Tartu_kinnistusamet, lk 4
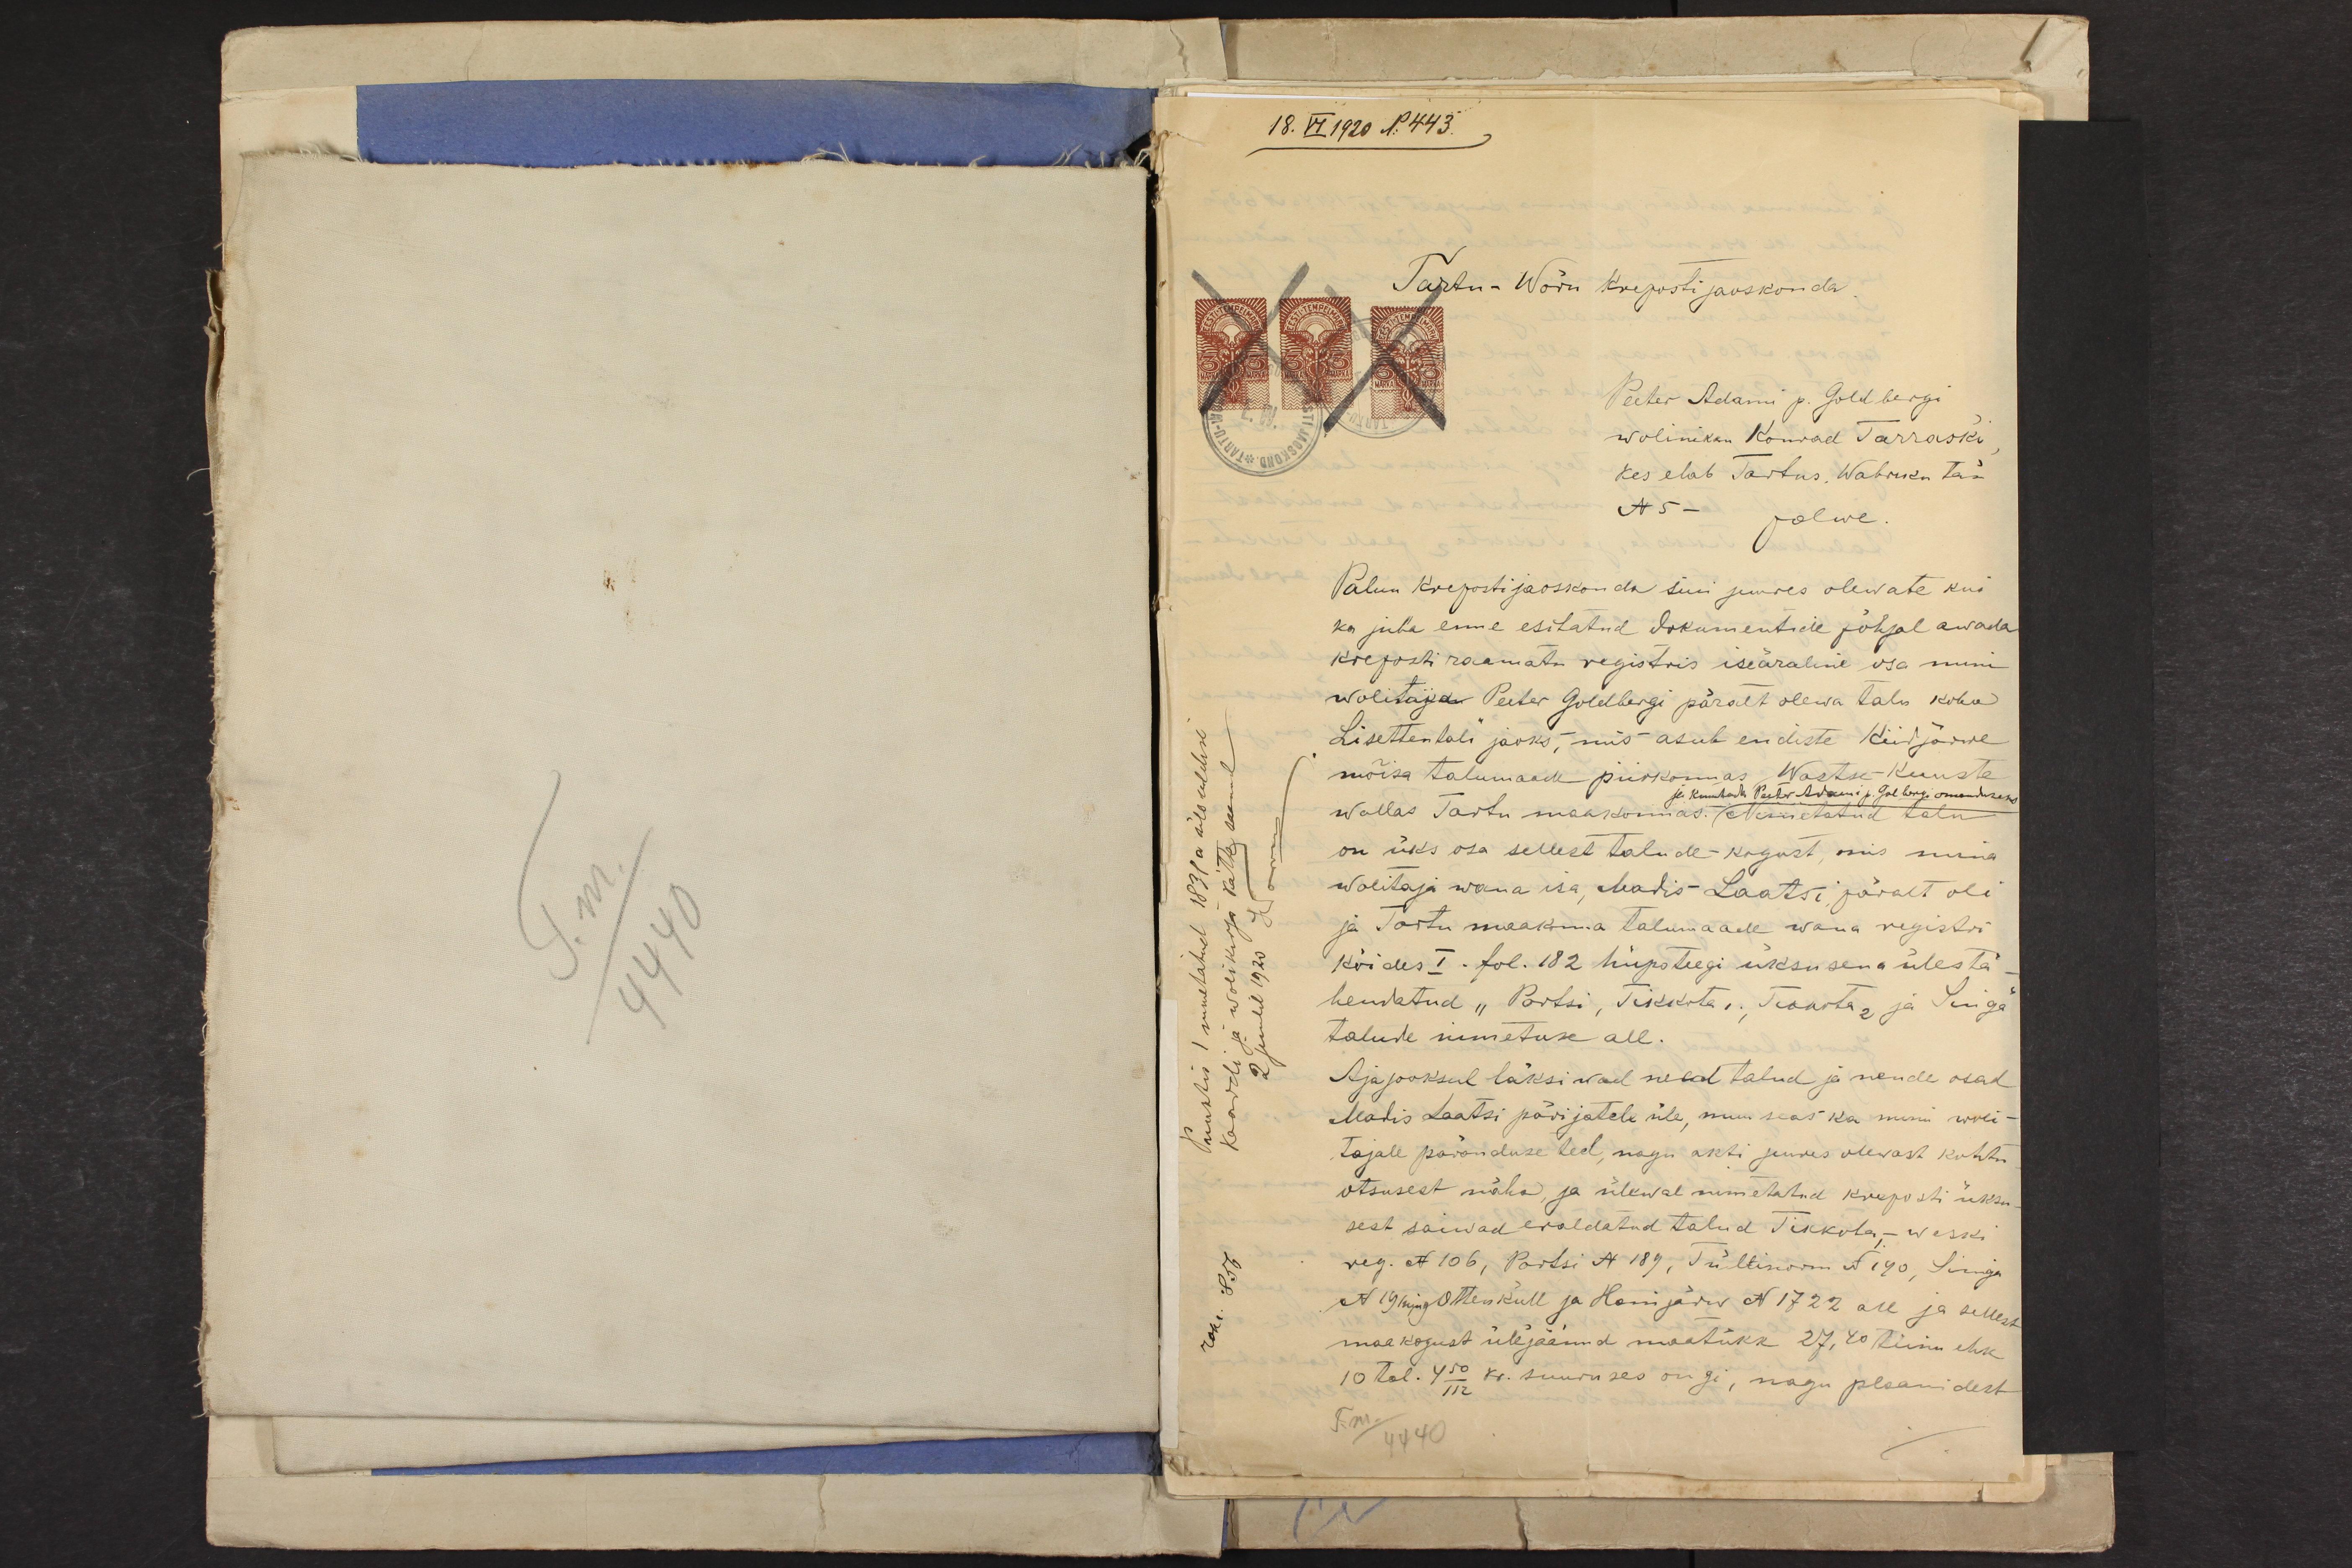
18. VI 1920 N: 443
Tartu-Wõru kreposti jaoskonda
Peeter Adami p. Goldbergi
wolinikku Konrad Tarraski
kes elab Tartus, Wabriku tän,
N5 - palwe.
Palun kreposti jaoskonda süü suures olewate kui
ka juba enne esitatud dokumentide põhjal awada
kreposti raamatu registris iseäraline osa minu
wolitaja Peeter Goldbergi päralt olewa talu koha
Lisettentali jaoks.- mis asub endiste Kiidjärwe
mõisa talumaade piirkonnas Wastse-Kuuste
Wallas Tartu maakonnas. Nimetatud talu
ja kasutada Peeter Adami p. Golbergi omanduseks
on üks osa sellest talude-kogust, mis minu
wolitaja wana isa, Madis Laatsi päralt oli
ja Tartu maakonna talumaade wana registri
kõides I. fol. 182 hüpoteegi üksusena üles tä-
hendatud "Partsi, Tikkota". Traksta, ja Luige
talude nimetuse all.
Aja jooksul läksiwad need talud ja nende osad
Madis Laatsi pärijatele üle, muuseas ka minu woli-
tajale päranduse teel, nagu akti juures olewast kohtu-
otsusest näha, ja ülewal nimetatud kreposti üksu-
sest saiwad eraldatud talud Tikkota,-Weski
reg. N 106, Partsi N 189, Tültinson N 190, Singa
N 191 ning Ottenküll ja Hanijärw N 1722 all ja sellest
maa kogust ülejäänud maatükk 27,XIIinu ehk
10 tal. 4 50/112 kr. suuruses ongi, nagu plaanidest
T.m. /4440